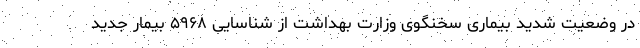
در وضعیت شدید بیماری سخنگوی وزارت بهداشت از شناسایی ۵۹۶۸ بیمار جدید